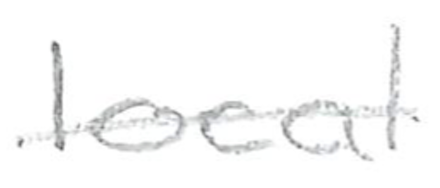
Text: local
Cross-out: single-line
Writing tool: pencil